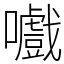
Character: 嚱